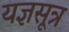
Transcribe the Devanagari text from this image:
यज्ञसूत्र